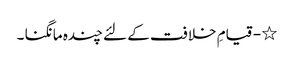
٭ - قیامِ خلافت کے لئے چندہ مانگنا ۔